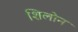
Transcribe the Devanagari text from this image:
शिलोन